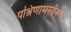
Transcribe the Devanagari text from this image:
पश्रिणामस्वरूप